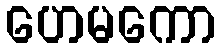
ဟေမကော